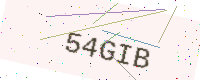
Text: 54GIB